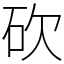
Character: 砍